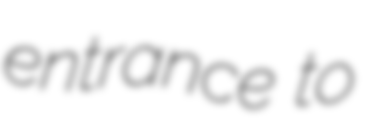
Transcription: entrance to